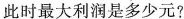
此时最大利润是多少元?